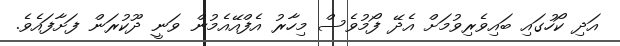
އަދި ކޯހުގައި ބައިވެރިވުމަށް އެދޭ ފޯމުވެސް މިހާރު އެފްއޭއެމުން ވަނީ ދޫކުރަން ފަށާފައެވެ.